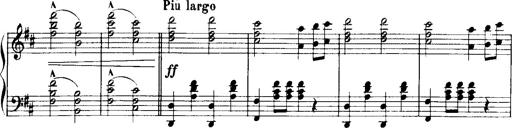
Title: Historische ungarische Bildnisse
Composer: Franz Liszt